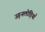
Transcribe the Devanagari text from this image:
उड़नलोड़ियाँ